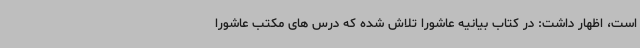
است، اظهار داشت: در کتاب بیانیه عاشورا تلاش شده که درس های مکتب عاشورا